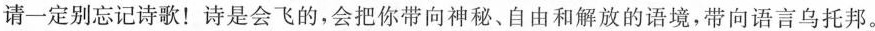
请一定别忘记诗歌！诗是会飞的，会把你带向神秘、自由和解放的语境，带向语言乌托邦。